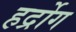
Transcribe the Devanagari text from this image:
हर्द्रोग